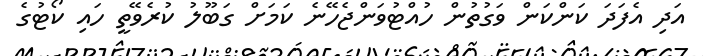
އަދި އެފަދަ ކަންކަން ވަގުތުން ހުއްޓުވަންޖެހޭނެ ކަމަށް ގަބޫލު ކުރެވޭތީ ހައި ކޯޓުގެ